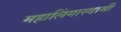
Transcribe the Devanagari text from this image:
महालिंगास्वामी